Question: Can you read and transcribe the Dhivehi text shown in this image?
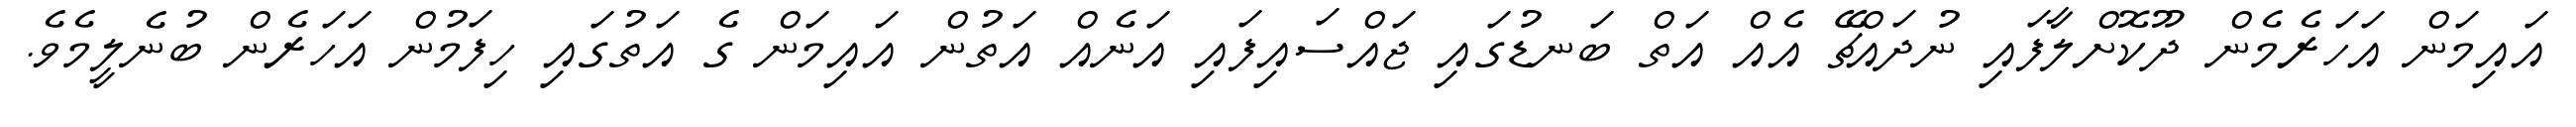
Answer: އައިމަން އަހަރެމެން ދޫކޮށްލާފައި ނުދައްޗޭ އެއް އަތް ބަނޑުގައި ޖައްސައިފައި އަނެއް އަތުން އައިމަން ގެ އަތުގައި ހިފަމުން އަހަރެން ބުނެލީމެވެ.